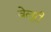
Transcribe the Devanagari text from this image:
वेलूरी